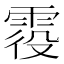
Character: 𩂹